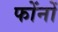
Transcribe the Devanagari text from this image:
फोंनों